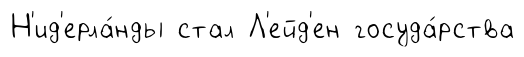
Н'ид'ерла́нды стал Л'ейд'ен госуда́рства